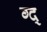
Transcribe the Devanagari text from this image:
ग्द्